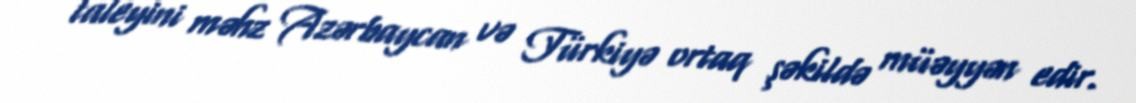
taleyini məhz Azərbaycan və Türkiyə ortaq şəkildə müəyyən edir.